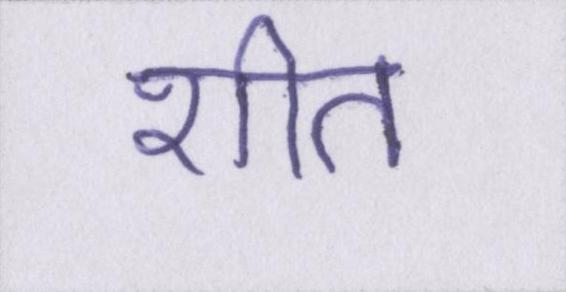
शीत